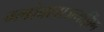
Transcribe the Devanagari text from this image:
ग्लोबलाजयझिंग